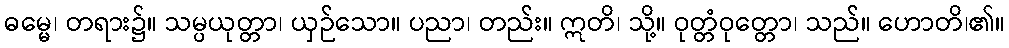
ဓမ္မေ၊ တရား၌။ သမ္ပယုတ္တာ၊ ယှဉ်သော။ ပညာ၊ တည်း။ ဣတိ၊ သို့။ ဝုတ္တံဝုတ္တော၊ သည်။ ဟောတိ၊၏။